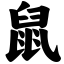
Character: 鼠